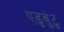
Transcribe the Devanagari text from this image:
एडुबुंटु